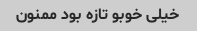
خیلی خوبو تازه بود ممنون